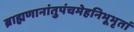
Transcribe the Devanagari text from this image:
ब्राह्मणानांतुपंचमेहनिभूभृतां